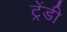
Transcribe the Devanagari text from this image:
ट्रेंडी